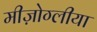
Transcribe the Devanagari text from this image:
मीज़ोग्लीया